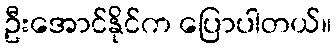
ဦးအောင်နိုင်က ပြောပါတယ်။